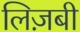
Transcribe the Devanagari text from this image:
लिज़बी